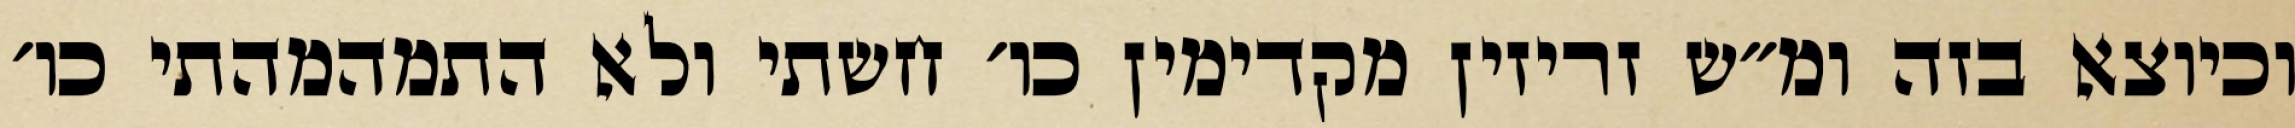
וכיוצא בזה ומ״ש זריזין מקדימין כו׳ חשתי ולא התמהמהתי כו׳